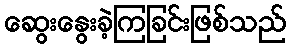
ဆွေးနွေးခဲ့ကြခြင်းဖြစ်သည်